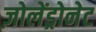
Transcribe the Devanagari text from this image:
ज़ोलेंड्रोनेट